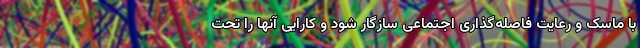
با ماسک و رعایت فاصله‌گذاری اجتماعی سازگار شود و کارایی آنها را تحت